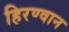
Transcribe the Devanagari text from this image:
हिरण्वान